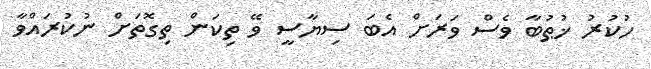
ހުކުރު ޚުޠުބާ ވެސް ވަރަށް އެބަ ސިޔާސީ ވޭ ތިކަން ތިގޮތަށް ނުކުރައްވާ